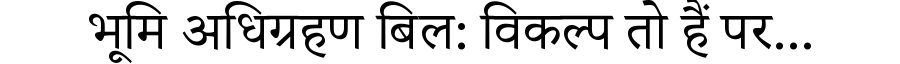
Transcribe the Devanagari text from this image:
भूमि अधिग्रहण बिल: विकल्प तो हैं पर...